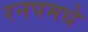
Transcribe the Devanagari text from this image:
रनपमधे